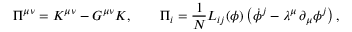
\Pi ^ { \mu \nu } = K ^ { \mu \nu } - G ^ { \mu \nu } K , \qquad \Pi _ { i } = { \frac { 1 } { N } } L _ { i j } ( \phi ) \left( \dot { \phi } ^ { j } - \lambda ^ { \mu } \, \partial _ { \mu } \phi ^ { j } \right) ,